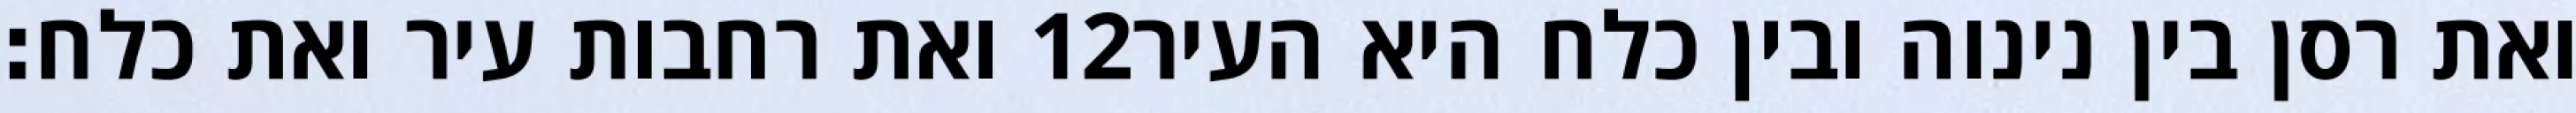
ואת רחבות עיר ואת כלח׃ ‎12‏ ואת רסן בין נינוה ובין כלח היא העיר